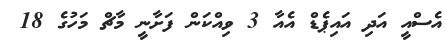
އެސްއީ އަދި އައިޕެޑް އެއާ 3 ވިއްކަން ފަށާނީ މާޗް މަހުގެ 18